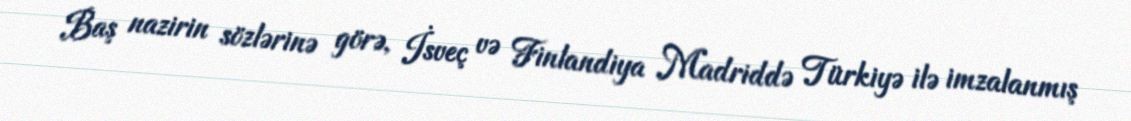
Baş nazirin sözlərinə görə, İsveç və Finlandiya Madriddə Türkiyə ilə imzalanmış